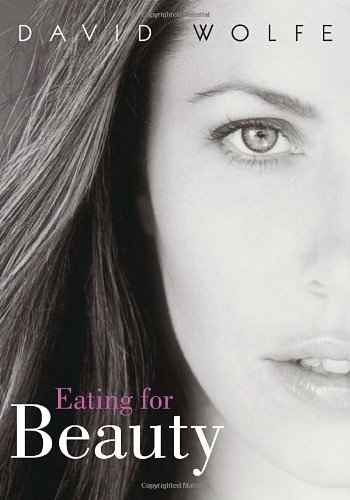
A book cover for Eating for Beauty; David Wolfe; Health, Fitness & Dieting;